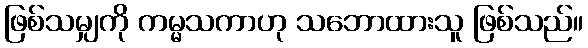
ဖြစ်သမျှကို ကမ္မသကာဟု သဘောထားသူ ဖြစ်သည်။